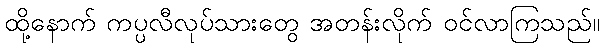
ထို့နောက် ကပ္ပလီလုပ်သားတွေ အတန်းလိုက် ဝင်လာကြသည်။